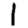
Digit: 1